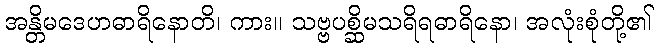
အန္တိမဒေဟဓာရိနောတိ၊ ကား။ သဗ္ဗပစ္ဆိမသရိရဓာရိနော၊ အလုံးစုံတို့၏